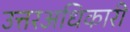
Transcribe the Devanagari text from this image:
उत्तरअधिकारी